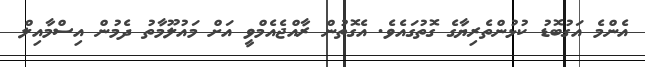
އެންމެ އަގުބޮޑު ކުޅުންތެރިޔާގެ ގޮތުގައެވެ. އެގޮތުން ރާއްޖެއެމްވީ އަށް މައުލޫމާތު ދެމުން އިސްމާއިލް